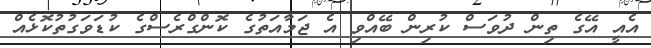
އެއީ އޭގެ ތިން ދުވަސް ކުރިން ބޭއްވި އެ ޖަމާއަތުގެ ކޮންގްރެސްގެ ކުޑަވަގުތުކޮޅެއް